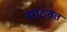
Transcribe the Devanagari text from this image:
साठवत